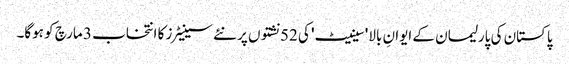
پاکستان کی پارلیمان کے ایوانِ بالا 'سینیٹ' کی 52 نشتوں پر نئے سینیٹرز کا انتخاب 3 مارچ کو ہوگا۔